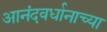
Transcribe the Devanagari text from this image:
आनंदवर्धानाच्या